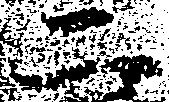
二